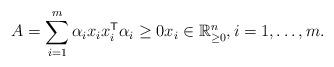
LaTeX: \begin{align*}A = \sum_{i=1}^m \alpha_i x_i x_i^{\sf T} \alpha_i\geq 0 x_i \in \mathbb{R}^n_{\geq 0}, i = 1,\ldots, m.\end{align*}